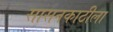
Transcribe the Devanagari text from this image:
सासनकाठीला